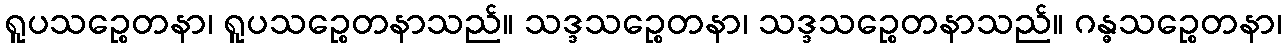
ရူပသဉ္စေတနာ၊ ရူပသဉ္စေတနာသည်။ သဒ္ဒသဉ္စေတနာ၊ သဒ္ဒသဉ္စေတနာသည်။ ဂန္ဓသဉ္စေတနာ၊